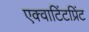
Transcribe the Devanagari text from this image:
एक्वाटिंटप्रिंट